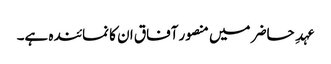
عہدِ حاضر میں منصور آفاق ان کا نمائندہ ہے۔